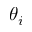
\theta _ { i }